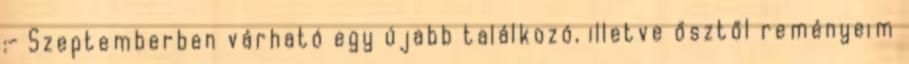
:- Szeptemberben várható egy újabb találkozó, illetve ősztől reményeim